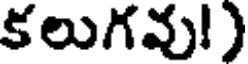
కలుగవు!)